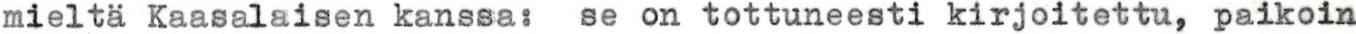
mieltä Kaasalaisen kanssa: se on tottuneesti kirjoitettu, paikoin